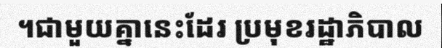
។ជាមួយគ្នានេះដែរ ប្រមុខរដ្ឋាភិបាល